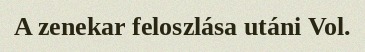
A zenekar feloszlása utáni Vol.